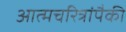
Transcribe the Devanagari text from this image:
आत्मचरित्रांपैकी